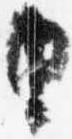
由